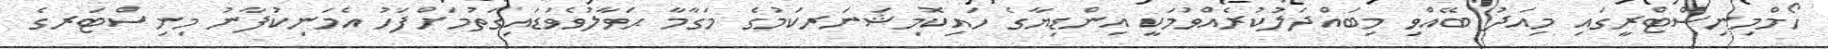
ހޯމްމިިނިސްޓްރީގައި މިއަދު ބޭއްވި މިބައްދަލުކުރެއްވުމަކީ އިންޑިޔާގެ ހައިކޮމިޝަނަރކަމުގެ މަގާމާ ޙަވާލުވެވަޑައިގަތުމަށްފަހު އެމަނިކުފާނު މިނިސްޓަރގެ